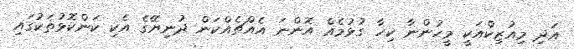
އަދި މިއުޒިކްއަކީ މީހުންނާ ކިހާ ގުޅުމެއް އޮންނަ އެއްޗެއްކަން ދުނިޔޭގެ އެކި ކަންކޮޅުތަކުގައި